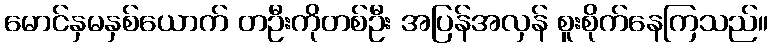
မောင်နှမနှစ်ယောက် တဦးကိုတစ်ဦး အပြန်အလှန် စူးစိုက်နေကြသည်။